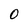
Character: O